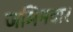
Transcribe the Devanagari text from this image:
जमिनदार